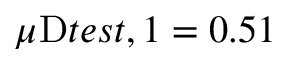
\mu _ { Ḋ } \mathrm { Ḋ } t e s t Ḍ , 1 Ḍ = 0 . 5 1